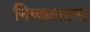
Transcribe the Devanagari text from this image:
निष्कलरूप